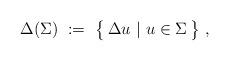
LaTeX: \begin{align*}\Delta(\Sigma)\ :=\ \big\{\,\Delta u \ | \ u\in \Sigma\,\big\}\ ,\end{align*}